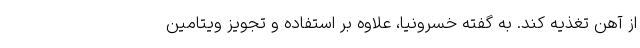
از آهن تغذیه کند. به گفته خسرونیا، علاوه بر استفاده و تجویز ویتامین